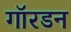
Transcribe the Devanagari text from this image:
गॉरडन